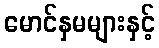
မောင်နှမများနှင့်